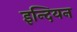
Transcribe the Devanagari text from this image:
इन्दियन